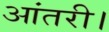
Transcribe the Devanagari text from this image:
आंतरी।